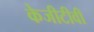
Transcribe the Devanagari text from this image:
केजीटीवी